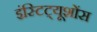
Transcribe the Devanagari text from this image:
इंस्टिट्यूशोंस